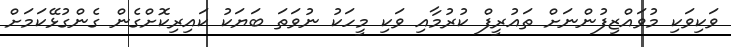
ވަކިވަކި މުވައްޒިފުންނަށް ތައުރީފް ކުރުމާއި ވަކި މީހަކު ނުވަތަ ބަޔަކު ކައިރިކޮށްގެން ގެންގުޅޭކަމަށް